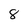
Character: 8